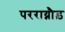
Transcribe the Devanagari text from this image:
परराय्नौड़